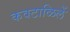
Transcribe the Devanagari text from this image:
कवटाळिलें